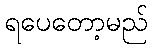
ရပေတော့မည်